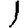
Digit: 1